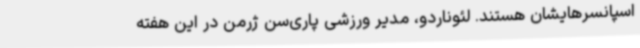
اسپانسرهایشان هستند. لئوناردو، مدیر ورزشی پاری‌سن ژرمن در این هفته